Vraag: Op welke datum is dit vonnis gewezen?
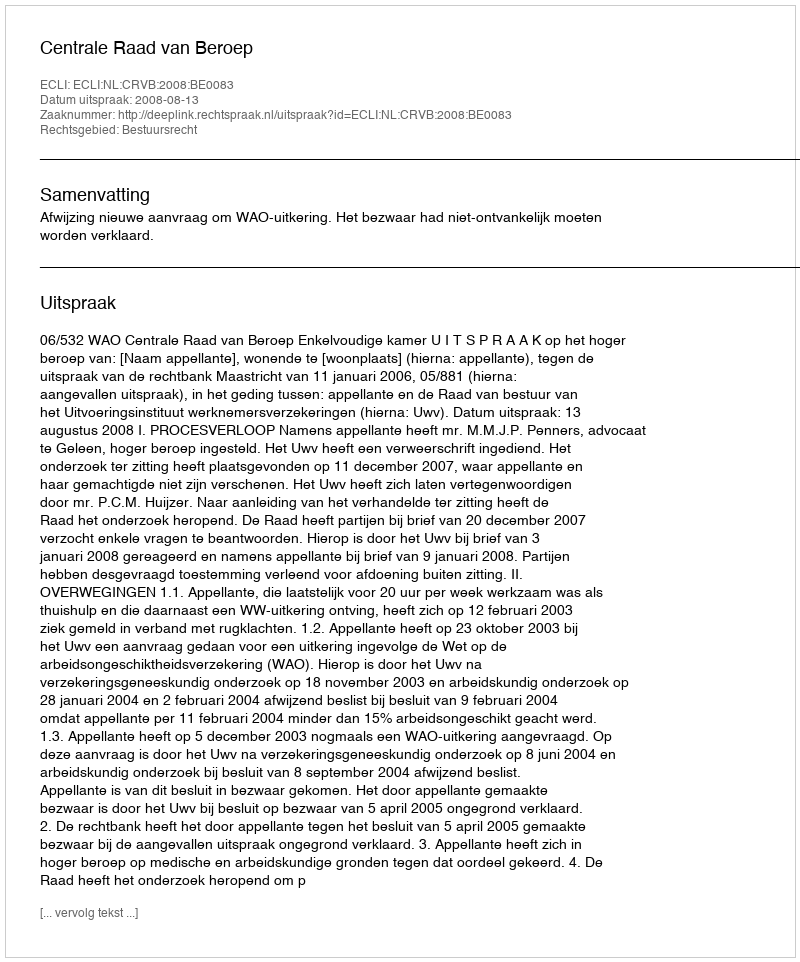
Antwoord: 2008-08-13